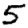
Digit: 5